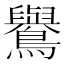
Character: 鸒